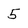
Character: 5